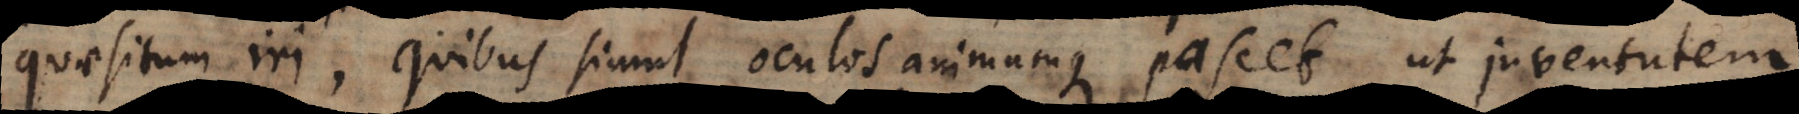
quaesitum iri, quibus simul oculos animamque pascet, ut juventutem